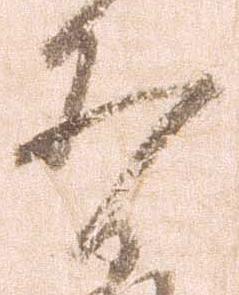
有